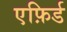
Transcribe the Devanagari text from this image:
एफ़िर्ड